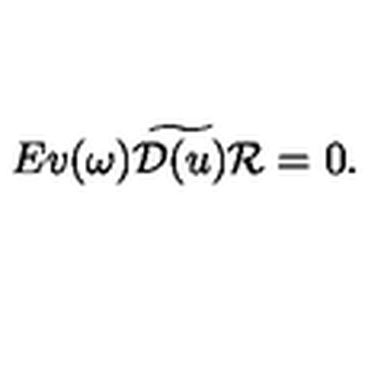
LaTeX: E v ( \omega ) \widetilde { { \cal D } ( u ) } { \cal R } = 0 .